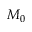
M _ { 0 }